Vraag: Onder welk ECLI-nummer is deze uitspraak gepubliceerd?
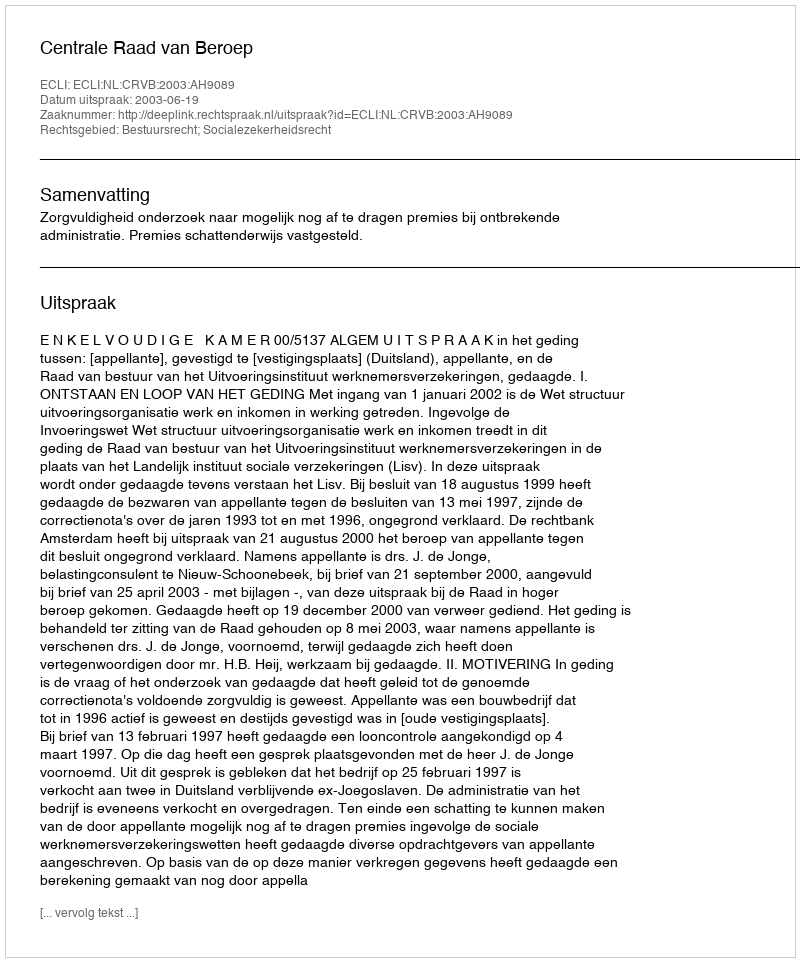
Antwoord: ECLI:NL:CRVB:2003:AH9089